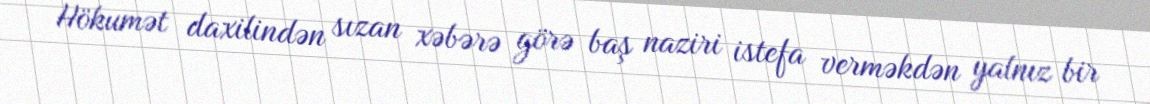
Hökumət daxilindən sızan xəbərə görə baş naziri istefa verməkdən yalnız bir